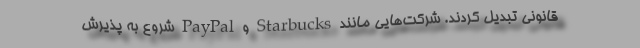
قانونی تبدیل کردند. شرکت‌هایی مانند Starbucks و PayPal شروع به پذیرش